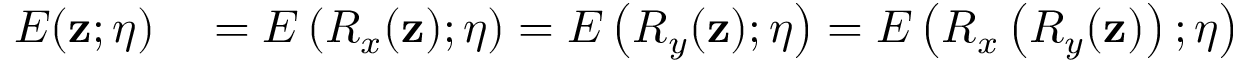
\begin{array} { r l } { E ( \mathbf { z } ; \boldsymbol { \eta } ) } & { { } = E \left( R _ { x } ( \mathbf { z } ) ; \boldsymbol { \eta } \right) = E \left( R _ { y } ( \mathbf { z } ) ; \boldsymbol { \eta } \right) = E \left( R _ { x } \left( R _ { y } ( \mathbf { z } ) \right) ; \boldsymbol { \eta } \right) } \end{array}